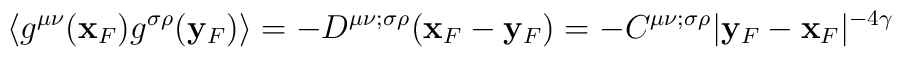
\langle g^{\mu\nu}({\bf x}_{F})g^{\sigma\rho}({\bf y}_{F})\rangle=- D^{\mu\nu;\sigma\rho}({\bf x}_{F}-{\bf y}_{F})=- C^{\mu\nu;\sigma\rho} \vert {\bf  y}_{F}-{\bf  x}_{F}\vert^{-4\gamma}